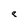
Character: 8